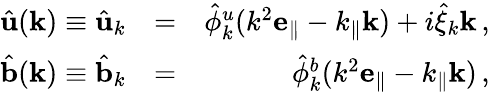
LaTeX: \begin{array}{rlr}{\hat{\mathbf u}({\mathbf k})\equiv\hat{\mathbf u}_{k}}&{=}&{\hat{\phi}_{k}^{u}(k^{2}{\mathbf e_{\parallel}}-k_{\parallel}{\mathbf k})+i\hat{\xi}_{k}{\mathbf k}\, ,}\\ {\hat{\mathbf b}({\mathbf k})\equiv\hat{\mathbf b}_{k}}&{=}&{\hat{\phi}_{k}^{b}(k^{2}{\mathbf e_{\parallel}}-k_{\parallel}{\mathbf k})\, ,}\end{array}